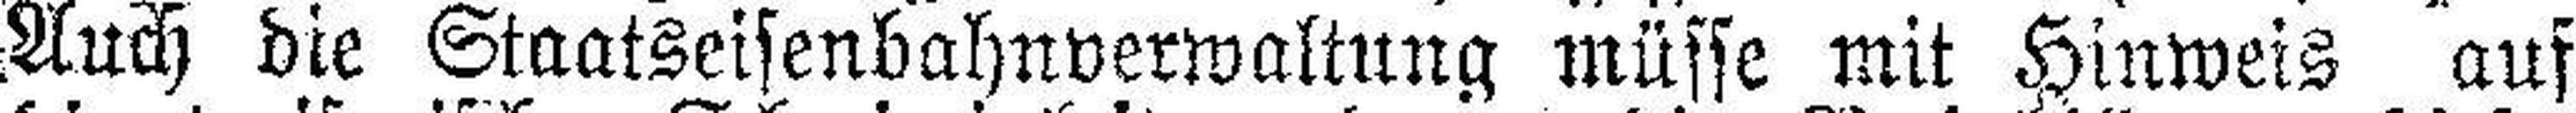
Auch die Staatseisenbahnverwaltung müsse mit Hinweis auf